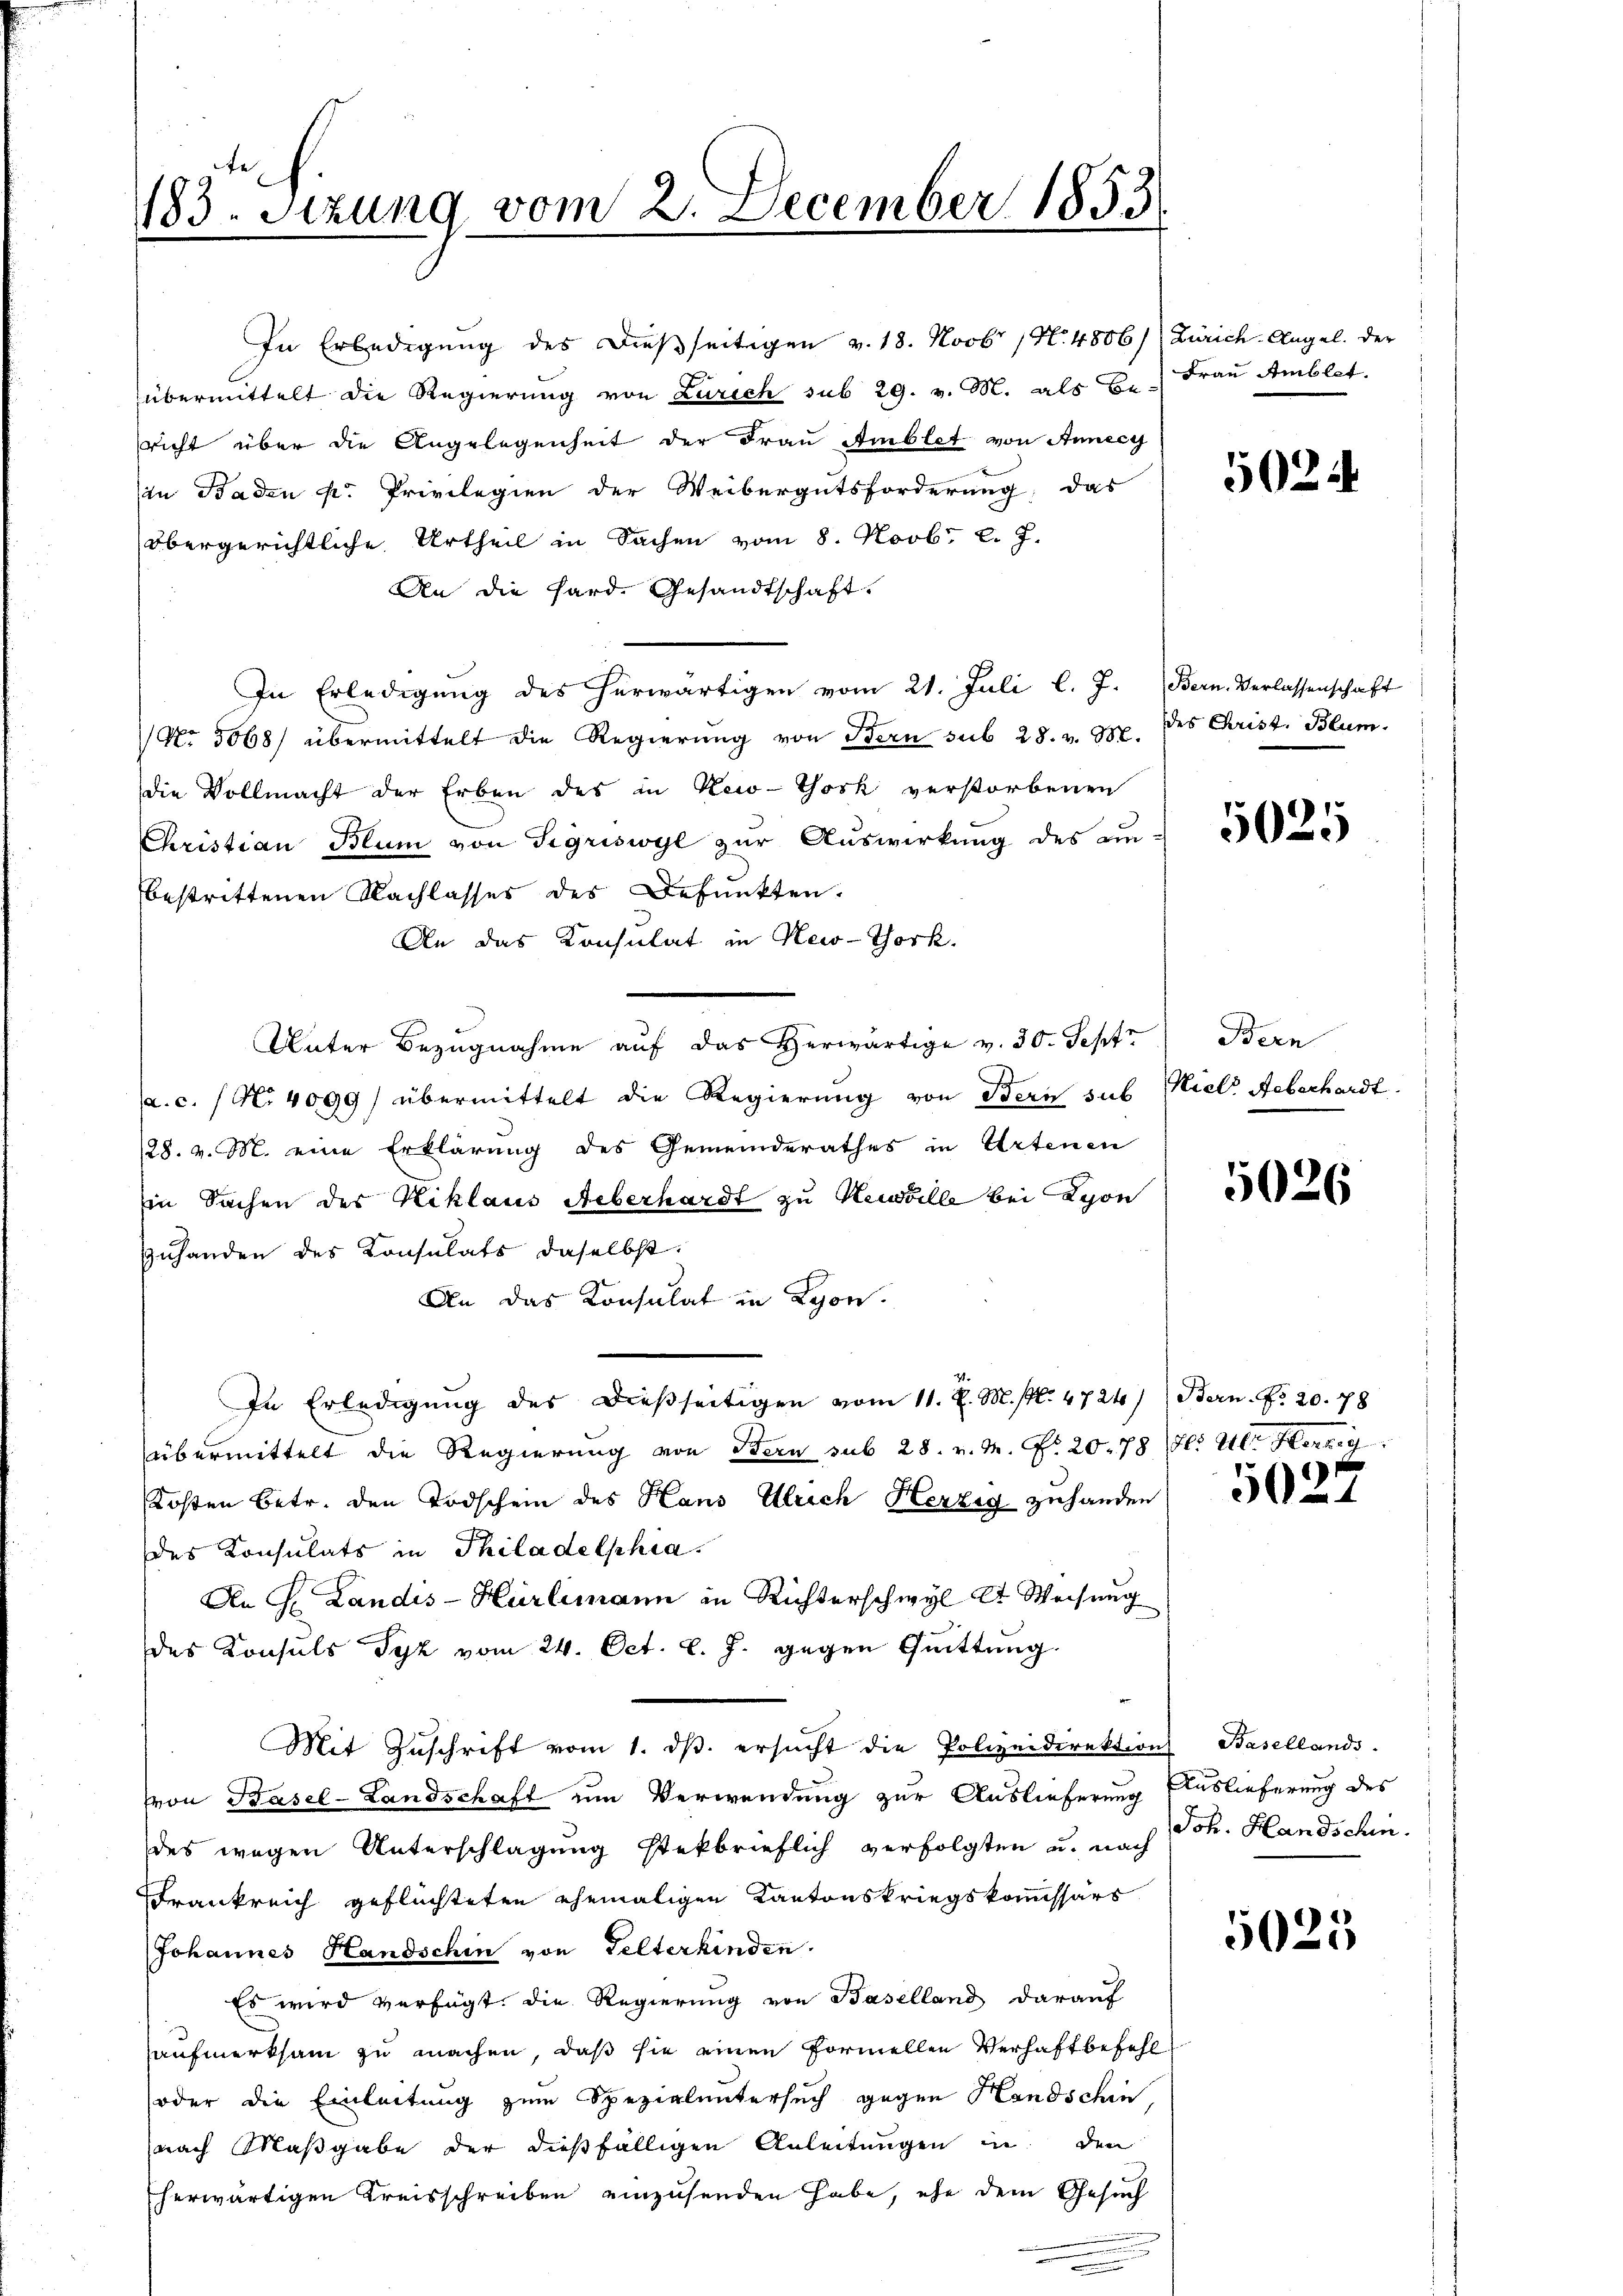
183. Sizung vom 2. December 1853

In Erledigung des dießseitigen v. 18. Novbr. 1. 4806/
übermittelt die Regierung von Zürich sub 29. v. M. als Bericht über die Angelegenheit der Frau Amblet von Annecy
(in Baden k. Privilegien der Weibergutsforderung, das
Obergerichtliche Urtheil in Sachen vom 8. Novbr. l. J.
An die Hard. Gesandtschaft.
In Erledigung des herwärtigen vom 21. Juli l. J.
No. 5068) übermittelt die Regierung von Bern sub 28. v. M.
die Vollmacht der Erben des in New-York verstorbenen
Christian Blum von Sigriswyl zŭr Aŭswirkung des an-
bestrittenen Nachlasses des Befunkten.
An das Konsulat in New-York.
Unter Bezugnahme auf das Herwärtige v. 30. Sept
a.c. (N. 4099) übermittelt die Regierung von Bern sub
28. v. M. eine Erklärung des Gemeinderathes in Artenen
Ein Sachen der Niklaus Überhardt zu Kewolle bei Spon
Zuhanden des Konsulats daselbst.
An das Konsulat in Lyon.
In Erledigung des dießseitigen vom 11. J. M. (N. 4724/
übermittelt die Regierung von Bern sub 28. v. M. No. 20. 78 (s. Ul. Herzig
Kosten Betr. den Todschein des Haus Ulrich Herzig zuhanden
des Konsulats in Philadelphia
An J. Landis-Hürlimann in Richterschwyl lt. Weisung
des Konsuls Tyk vom 24. Oct. l. J. gegen Quittung.
Mit Zuschrift vom 1. ds. ersucht die Polizeidirektion Basellands
von Basel-Landschaft um Verwendung zur Auslieferung
des wegen Unterschlagung steckbrieflich verfolgten u. nach
Frankreich geflüchteten ehemaligen Kantonskriegskommissärs
Johannes Handschin von Gelterkinden.
Es wird verfügt, die Regierung von Baselland darauf
aufmerksam zu machen, daß sie einen formellen Verhaftbefehl
(oder die Einleitung zum Spezialuntersuch gegen Handschin,
nach Maßgabe der dießfälligen Anleitungen in den
herwärtigen Kreisschreiben einzusenden habe, ehe dem Gesuch

Zürich. Angel. der
Frau Amblet.

Bern. Verlassenschaft
des Crist. Blum

5024

5025

Bern
Niele Aeberhardt.

5026

Bern. No 20. 78

5027

Auslieferung des
Joh. Handschin.

5023